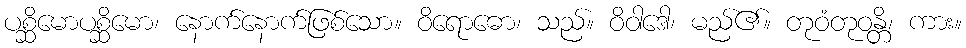
ပစ္ဆိမောပစ္ဆိမော၊ နောက်နောက်ဖြစ်သော။ ဝိရောဓော၊ သည်။ ဝိဝါဒေါ၊ မည်၏။ တုဝံတုဝန္တိ၊ ကား။